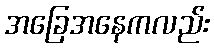
အခြေအနေကလည်း